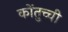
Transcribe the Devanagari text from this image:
कोंतुच्ची